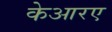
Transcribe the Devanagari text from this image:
केआरए